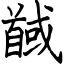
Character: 馘